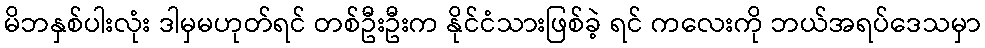
မိဘနှစ်ပါးလုံး ဒါမှမဟုတ်ရင် တစ်ဦးဦးက နိုင်ငံသားဖြစ်ခဲ့ ရင် ကလေးကို ဘယ်အရပ်ဒေသမှာ